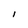
Character: i